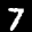
Label: 7